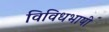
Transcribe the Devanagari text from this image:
विविधभाषी